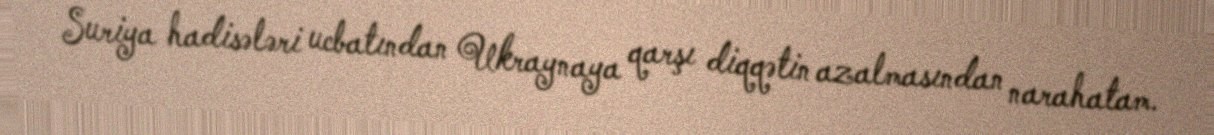
Suriya hadisələri ucbatından Ukraynaya qarşı diqqətin azalmasından narahatam.